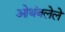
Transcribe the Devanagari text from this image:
ओथंबलेले